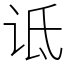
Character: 诋